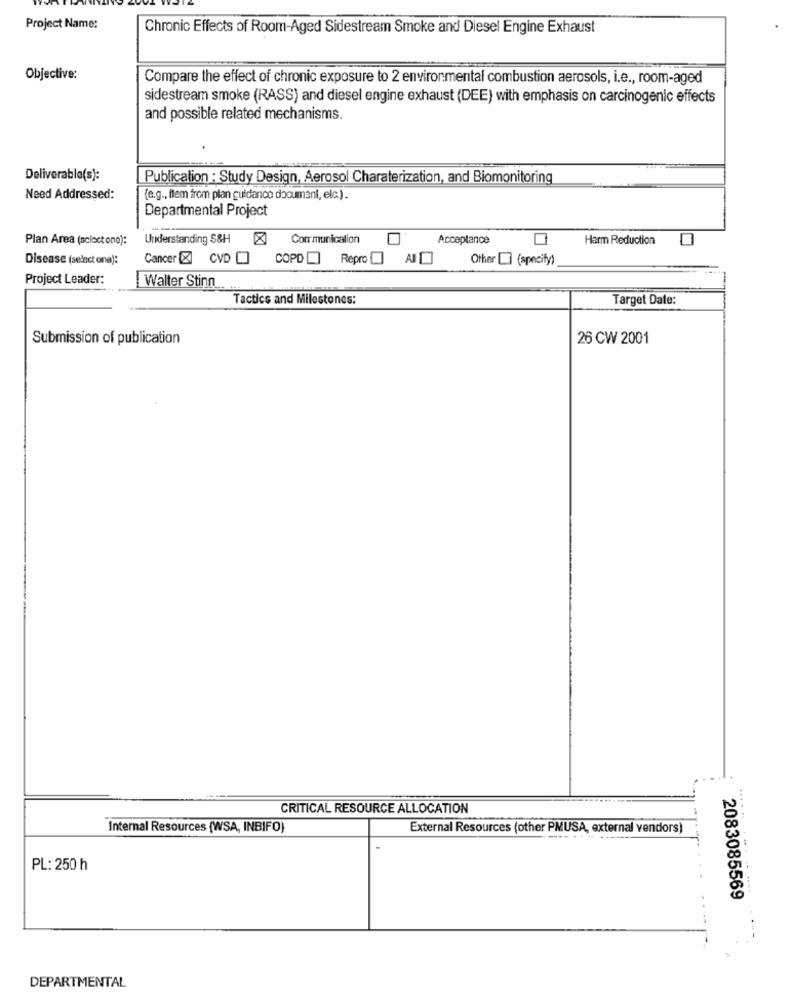
Project Name:
Chronic Effects of Room-Aged Sidestream Smoke and Diesel Engine Exhaust
Objective:
Compare the effect of chronic exposure to 2 environmental combustion aerosols, i.e ., room-aged
sidestream smoke (RASS) and diesel engine exhaust (DEE) with emphasis on carcinogenic effects
and possible related mechanisms.
Deliverable(s):
Publication : Study Design, Aerosol Charaterization, and Biomonitoring
Need Addressed:
(e.g ., flem from plan guidance documani, elc.).
Departmental Project
Plan Area (scloct one):
Understanding S&H
Communication
Acceptance
Harm Reduction
Disease (select ona):
Cancer X CVDO
COPD
Repro
Other LI (specify)
Project Leader:
Walter Stinn
Tactics and Milestones:
Target Date:
Submission of publication
26 CW 2001
CRITICAL RESOURCE ALLOCATION
Internal Resources (WSA, INBIFO)
External Resources (other PMUSA, external vendors)
PL: 250 h
2083085569
DEPARTMENTAL